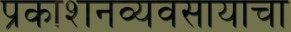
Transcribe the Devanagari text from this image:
प्रकाशनव्यवसायाचा